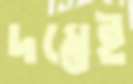
দম্ভেই